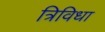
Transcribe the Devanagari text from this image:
त्रिविधा